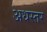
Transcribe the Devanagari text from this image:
अधस्तर